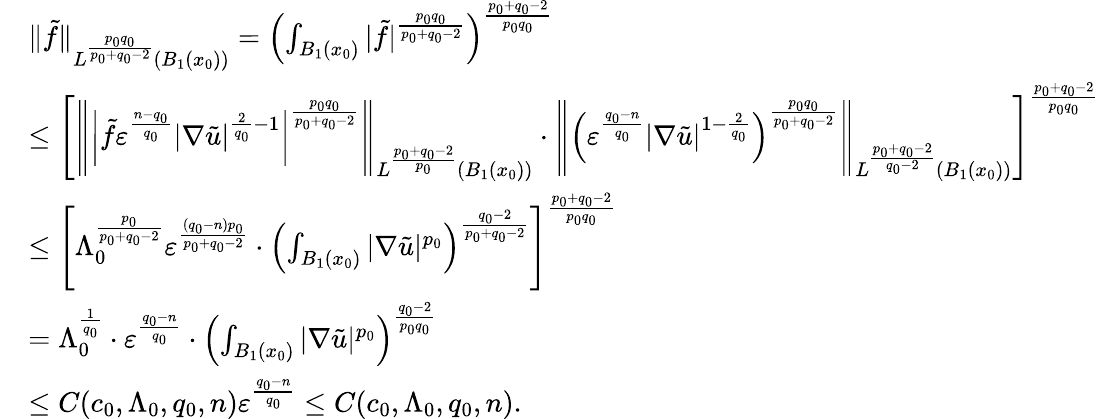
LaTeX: \begin{array}{rl}&{\| \tilde{f}\| _{L^{\frac{p_{0}q_{0}}{p_{0}+q_{0}-2}}(B_{1}(x_{0}))}=\left(\int_{B_{1}(x_{0})}|\tilde{f}|^{\frac{p_{0}q_{0}}{p_{0}+q_{0}-2}}\right)^{\frac{p_{0}+q_{0}-2}{p_{0}q_{0}}}}\\ &{\leq\left[\left\| \left|\tilde{f}\varepsilon^{\frac{n-q_{0}}{q_{0}}}|\nabla\tilde{u}|^{\frac{2}{q_{0}}-1}\right|^{\frac{p_{0}q_{0}}{p_{0}+q_{0}-2}}\right\| _{L^{\frac{p_{0}+q_{0}-2}{p_{0}}}(B_{1}(x_{0}))}\cdot\left\| \left(\varepsilon^{\frac{q_{0}-n}{q_{0}}}|\nabla\tilde{u}|^{1-\frac{2}{q_{0}}}\right)^{\frac{p_{0}q_{0}}{p_{0}+q_{0}-2}}\right\| _{L^{\frac{p_{0}+q_{0}-2}{q_{0}-2}}(B_{1}(x_{0}))}\right]^{\frac{p_{0}+q_{0}-2}{p_{0}q_{0}}}}\\ &{\leq\left[\Lambda_{0}^{\frac{p_{0}}{p_{0}+q_{0}-2}}\varepsilon^{\frac{(q_{0}-n)p_{0}}{p_{0}+q_{0}-2}}\cdot\left(\int_{B_{1}(x_{0})}|\nabla\tilde{u}|^{p_{0}}\right)^{\frac{q_{0}-2}{p_{0}+q_{0}-2}}\right]^{\frac{p_{0}+q_{0}-2}{p_{0}q_{0}}}}\\ &{=\Lambda_{0}^{\frac{1}{q_{0}}}\cdot\varepsilon^{\frac{q_{0}-n}{q_{0}}}\cdot\left(\int_{B_{1}(x_{0})}|\nabla\tilde{u}|^{p_{0}}\right)^{\frac{q_{0}-2}{p_{0}q_{0}}}}\\ &{\leq C(c_{0},\Lambda_{0},q_{0},n)\varepsilon^{\frac{q_{0}-n}{q_{0}}}\leq C(c_{0},\Lambda_{0},q_{0},n).}\end{array}